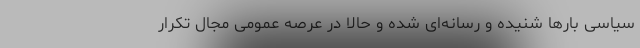
سیاسی بارها شنیده و رسانه‌ای شده و حالا در عرصه عمومی مجال تکرار